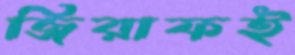
জিরাফই